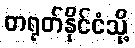
တရုတ်နိုင်ငံသို့